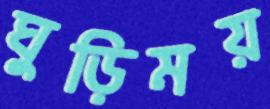
ঘুড়িময়